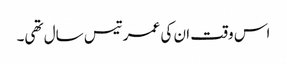
اس وقت ان کی عمر تیس سال تھی۔